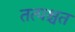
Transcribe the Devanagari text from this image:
तत्पश्चत